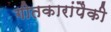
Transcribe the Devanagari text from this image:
गीतकारांपैकी